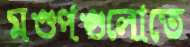
মণ্ডপগুলোতে